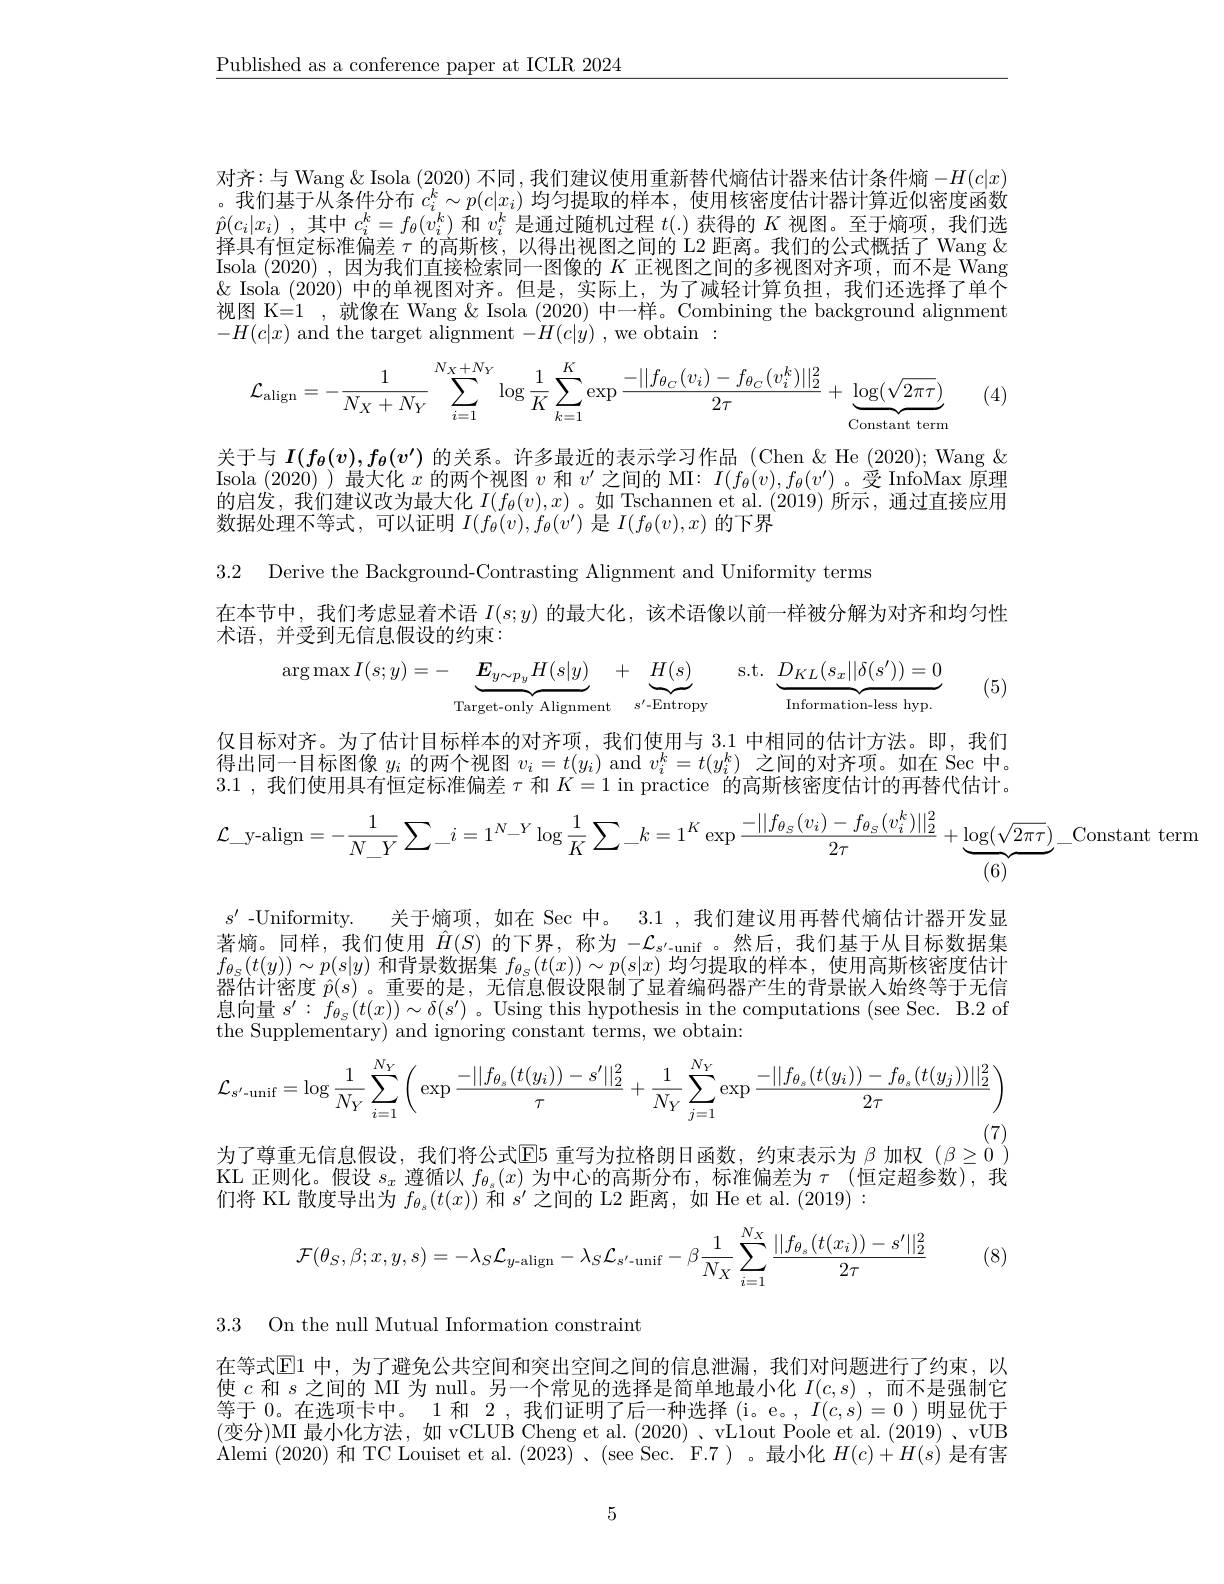
$\underline{\text{Published as a conference paper at ICLR 2024}}$

对齐：与 Wang $\&$ Isola (2020) 不同，我们建议使用重新替代熵估计器来估计条件熵$-H(c|x)$ 。我们基于从条件分布$c_i^k\sim p(c|x_i)$均匀提取的样本，使用核密度估计器计算近似密度函数$\hat{p} ( c_i| x_i)$ ,其中$c_i^k=f_\theta(v_i^k)$和$v_i^k$是通过随机过程$t(.)$获得的$K$视图。至于熵项，我们选择具有恒定标准偏差$\tau$的高斯核，以得出视图之间的 L2 距离。我们的公式概括了 Wang & Isola (2020) ,因为我们直接检索同一图像的$K$正视图之间的多视图对齐项，而不是 Wang $\&$ Isola (2020) 中的单视图对齐。但是，实际上，为了减轻计算负担，我们还选择了单个视图 K=1 ,就像在 Wang & Isola (2020) 中一样。Combining the background alignment $-H(c|x)$ and the target alignment $-H(c|y)$ , we obtain :
$$\mathcal{L}_{\mathrm{align}}=-\frac{1}{N_{X}+N_{Y}}\sum_{i=1}^{N_{X}+N_{Y}}\log\frac{1}{K}\sum_{k=1}^{K}\exp\frac{-||f_{\theta_{C}}(v_{i})-f_{\theta_{C}}(v_{i}^{k})||_{2}^{2}}{2\tau}+\underbrace{\log(\sqrt{2\pi\tau})}_{\text{Constant term}}$$
(4)

关于与$I(f_{\theta}(v),f_{\theta}(v^{\prime})$的关系。许多最近的表示学习作品 (Chen &He (2020); Wang $\&$ Isola (2020) )最大化$x$的两个视图$v$和$v^\prime$之间的 MI: $I(f_\theta(v),f_\theta(v^{\prime})$ 。受 InfoMax 原理的启发，我们建议改为最大化$I(f_\theta(v),x)$ 。如 Tschannen et al. (2019)所示，通过直接应用数据处理不等式，可以证明$I(f_\theta(v),f_\theta(v^{\prime})$是$I(f_\theta(v),x)$的下界

3.2 Derive the Background-Contrasting Alignment and Uniformity terms
在本节中，我们考虑显着术语$I(s;y)$的最大化，该术语像以前一样被分解为对齐和均匀性
术语，并受到无信息假设的约束：
$$\arg\max I(s;y)=-\underbrace{\boldsymbol{E}_{y\sim p_y}H(s|y)}_{\text{Target-only Alignment}}+\underbrace{H(s)}_{s'\text{-Entropy}}\quad\mathrm{s.t.}\underbrace{D_{KL}(s_x||\delta(s'))=0}_{\text{Information-less hyp.}}$$
(5)

仅目标对齐。为了估计目标样本的对齐项，我们使用与 3.1 中相同的估计方法。即，我们得出同一目标图像$y_i$的两个视图$v_i=t(y_i)$ and $v_i^k=t(y_i^k)$之间的对齐项。如在 Sec 中。3.1 ,我们使用具有恒定标准偏差$\tau$和$K=1$ in practice 的高斯核密度估计的再替代估计。
$$\mathcal{L}_{-}\text{y-align}=-\frac{1}{N_{-}Y}\sum_{-}i=1^{N_{-}Y}\log\frac{1}{K}\sum_{-}k=1^{K}\exp\frac{-||f_{\theta_{S}}(v_{i})-f_{\theta_{S}}(v_{i}^{k})||_{2}^{2}}{2\tau}+\underbrace{\log(\sqrt{2\pi\tau})}_{(6)}$$
$)\_$Constant term

$s^{\prime}$ -Uniformity. 关于熵项，如在 Sec 中。3.1 ,我们建议用再替代熵估计器开发显著熵。同样，我们使用$\hat{H}(S)$的下界，称为$-\mathcal{L}_{s^{\prime}-\mathrm{unif}}$ 。然后，我们基于从目标数据集$f_{\theta_S}(t(y))\sim p(s|y)$和背景数据集$f_\theta_S(t(x))\sim p(s|x)$均匀提取的样本，使用高斯核密度估计器估计密度$\hat{p}(s)$ 。重要的是，无信息假设限制了显着编码器产生的背景嵌人始终等于无信息向量$s^\prime:f_{\theta_{S}}(t(x))\sim\delta(s^{\prime})$。Using this hypothesis in the computations (see Sec. B.2 of the Supplementary) and ignoring constant terms, we obtain:
$$\mathcal{L}_{s'-\mathrm{unif}}=\log\frac{1}{N_{Y}}\sum_{i=1}^{N_{Y}}\left(\exp\frac{-||f_{\theta_{s}}(t(y_{i}))-s'||_{2}^{2}}{\tau}+\frac{1}{N_{Y}}\sum_{j=1}^{N_{Y}}\exp\frac{-||f_{\theta_{s}}(t(y_{i}))-f_{\theta_{s}}(t(y_{j}))||_{2}^{2}}{2\tau}\right)$$
(7)
$\begin{array}{l}\text{为了尊重无信息假设，我们将公式}\mathbb{E}5\text{ 重写为拉格朗日函数，约束表示为 }\beta\text{ 加权 }(\beta\geq0)\\\text{KL 正则化。假设 }s_{x}\text{ 遵循以 }f_{\theta_{s}}(x)\text{ 为中心的高斯分布，标准偏差为 }\tau\text{ (恒定超参数),我}\end{array}$

们将 KL 散度导出为$f_{\theta_s}(t(x))$和$s^\prime$之间的 L2 距离，如 He et al. (2019):
$$\mathcal{F}(\theta_S,\beta;x,y,s)=-\lambda_S\mathcal{L}_{y\text{-align}}-\lambda_S\mathcal{L}_{s'\text{-unif}}-\beta\frac{1}{N_X}\sum_{i=1}^{N_X}\frac{||f_{\theta_s}(t(x_i))-s'||_2^2}{2\tau}$$
(8)

3.3 On the null Mutual Information constraint

在等式$\overline{\mathbb{E}}$1 中，为了避免公共空间和突出空间之间的信息泄漏，我们对问题进行了约束，以使$c$和$s$之间的 MI 为 null。另一个常见的选择是简单地最小化$I(c,s)$ ,而不是强制它等于 0。在选项卡中。1 和 2, 我们证明了后一种选择 (i。e。, $I(c,s)=0$ )明显优于(变分)MI 最小化方法，如 vCLUB Cheng et al.(2020)、vL1out Poole et al.(2019)、vUB $\operatorname{Alemi}\left(2020\right)$和TC Louiset et al. $\left(2023\right)$、$\left(\sec\text{Sec.F.7}\right)$。最小化 $H(c)+H(s)$ 是有害

5